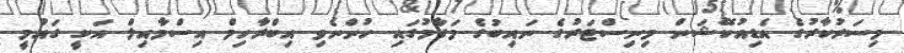
މިސަރުކާރުގެ އެޑިއުކޭޝަން މިނިސްޓަރުގެ ނައިބުގެ މަގާމުގައި ހުންނެވި އިބްރާހިމް އިސްމާއިލް އަކީ ގައުމީ